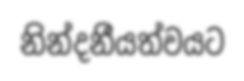
නින්දනීයත්වයට